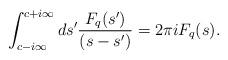
LaTeX: \begin{align*}\int_{c-i \infty}^{c+i \infty} ds^{\prime} \frac{F_{q}(s^{\prime})} {(s-s^{\prime})} = 2 \pi i F_{q} (s). \end{align*}